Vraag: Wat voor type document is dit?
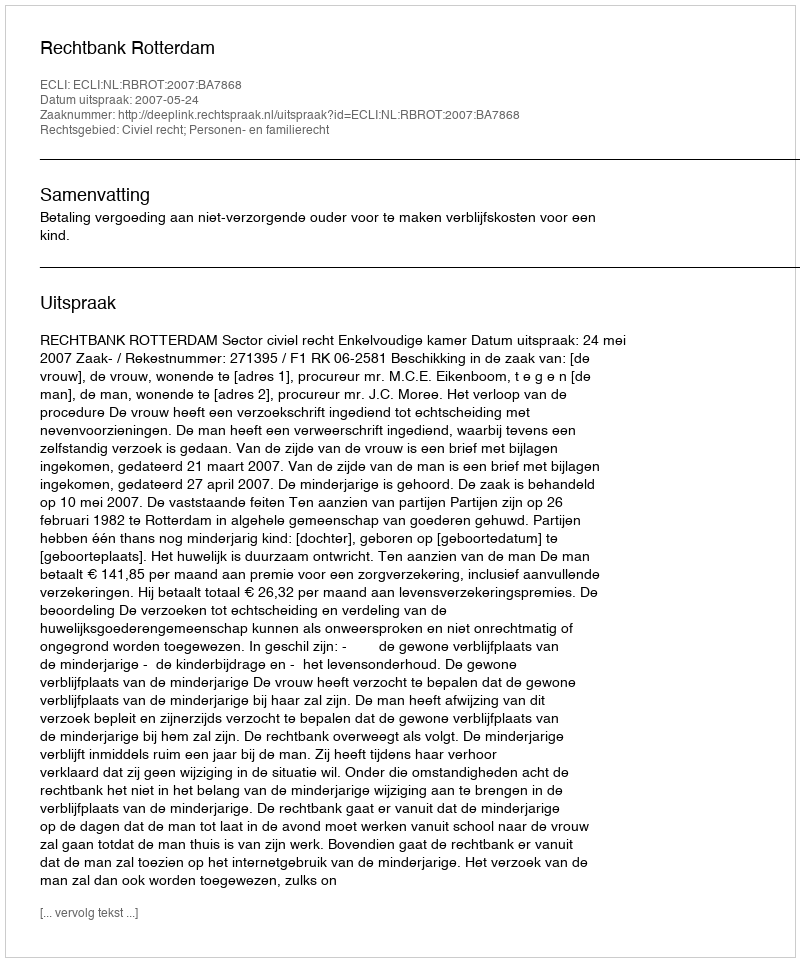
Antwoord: Uitspraak